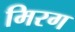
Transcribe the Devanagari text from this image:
मिरग